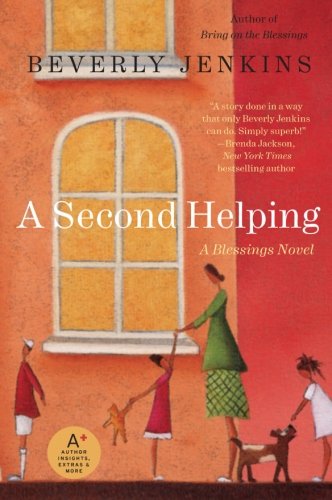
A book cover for A Second Helping: A Blessings Novel (Blessings Series); Beverly Jenkins; Literature & Fiction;